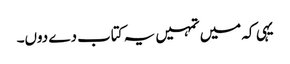
یہی کہ میں تمہیں یہ کتاب دے دوں۔